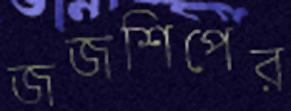
জজশিপের